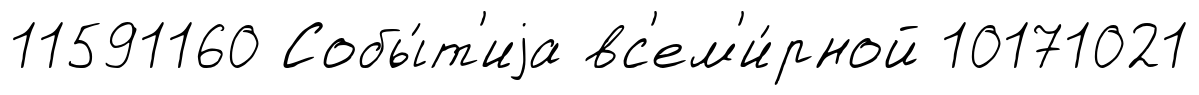
11591160 Собы́т'иjа вс'ем'и́рной 10171021